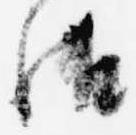
御